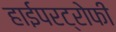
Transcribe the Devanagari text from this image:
हाईपरट्रोफी